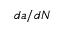
d a / d N